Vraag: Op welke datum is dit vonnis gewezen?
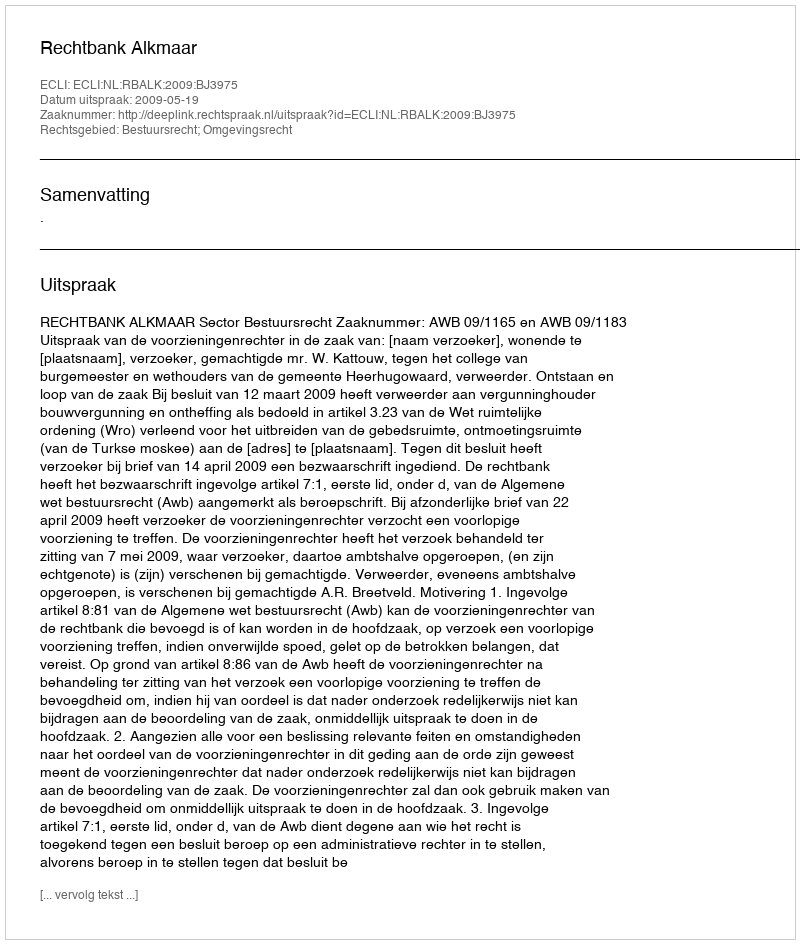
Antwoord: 2009-05-19